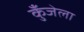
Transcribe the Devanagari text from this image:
कुँजेला